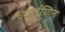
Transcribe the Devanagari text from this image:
चतुर्गुणित